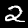
Digit: 2